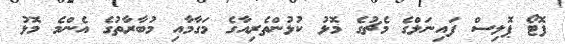
ފޮޓޯ ޕޮލިސް ފައިނަލްގެ މެޗުގެ މޮޅު ކުޅުންތެރިއާގެ މަގާމާއި މުބާރާތުގެ އެންމެ މޮޅު